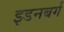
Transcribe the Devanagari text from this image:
इडनबर्ग